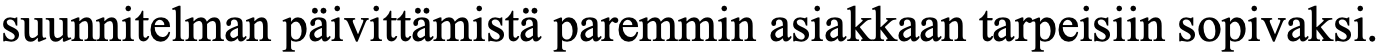
suunnitelman päivittämistä paremmin asiakkaan tarpeisiin sopivaksi.